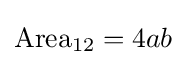
{\text{Area}}_{12}=4ab\